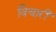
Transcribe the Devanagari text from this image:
विचारीं